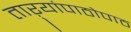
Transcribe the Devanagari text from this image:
ताऱ्यांपाठोपाठ